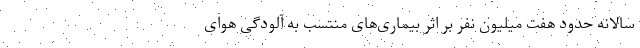
سالانه حدود هفت میلیون نفر بر اثر بیماری‌های منتسب به آلودگی هوای